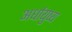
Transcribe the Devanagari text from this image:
अर्धायुष्य